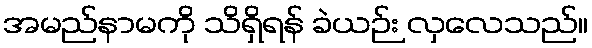
အမည်နာမကို သိရှိရန် ခဲယဉ်း လှလေသည်။